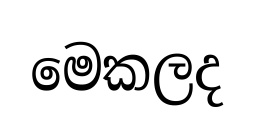
මෙකලද